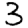
Digit: 3